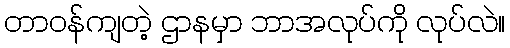
တာဝန်ကျတဲ့ ဌာနမှာ ဘာအလုပ်ကို လုပ်လဲ။